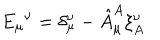
{ E _ { \mu } } ^ { \nu } = \delta _ { \mu } ^ { \nu } - \hat { A } _ { \mu } ^ { A } \xi _ { A } ^ { \nu }